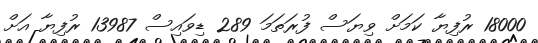
18000 ރުފިޔާ ކަމަށް ވިޔަސް ފުރަތަމަ 289 ޑިވައިސް 13987 ރުފިޔާ އަށް